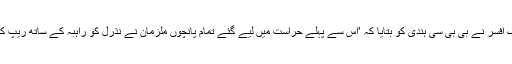
سی آئی ڈی کے ایک افسر نے بی بی سی ہندی کو بتایا کہ ’اس سے پہلے حراست میں لیے گئے تمام پانچوں ملزمان نے نذرل کو راہبہ کے ساتھ ریپ کا مجرم قرار دیا تھا۔